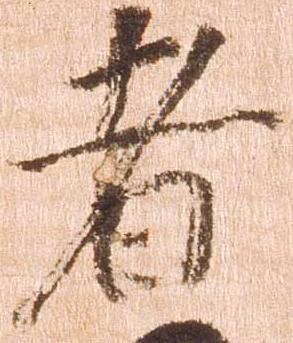
者